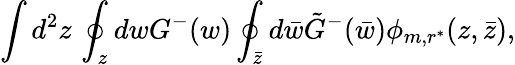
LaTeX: \int d^{2}z\, \oint_{z}dwG^{-}(w)\oint_{\bar{z}}d\bar{w}\tilde{G}^{-}(\bar{w})\phi_{m,r^{*}}(z,\bar{z}),